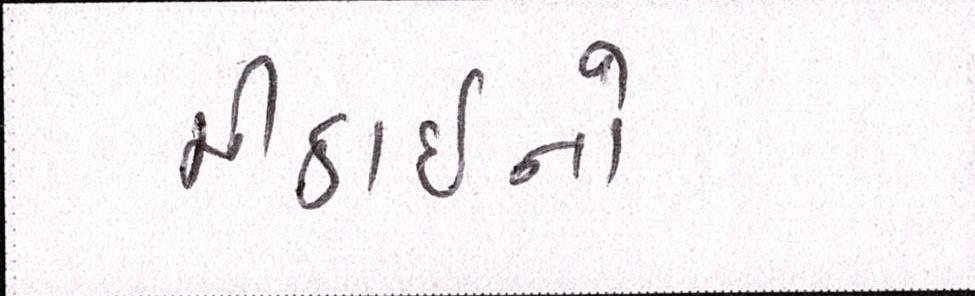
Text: મીઠાઈનો